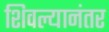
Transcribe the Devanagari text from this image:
शिवल्यानंतर